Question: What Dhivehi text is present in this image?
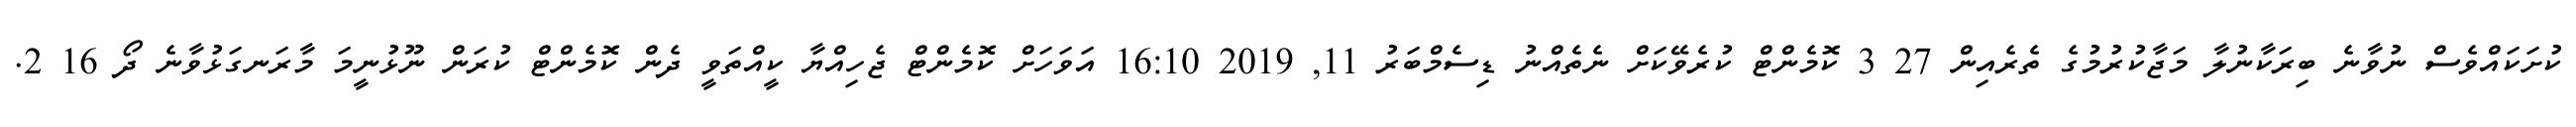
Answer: ކުށަކައްވެސް ނުވާނެ ބިރަކާނުލާ މަޖާކުރުމުގެ ތެރެއިން 27 3 ކޮމެންޓް ކުރެވޭކަށް ނެތެއްނު ޑިސެމްބަރު 11, 2019 16:10 އަވަހަށް ކޮމެންޓް ޖެހިއްޔާ ކީއްތަވީ ދެން ކޮމެންޓް ކުރަން ނޫޅުނީމަ މާރަނގަޅުވާނެ ދޯ 16 2.